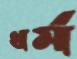
ধর্ম